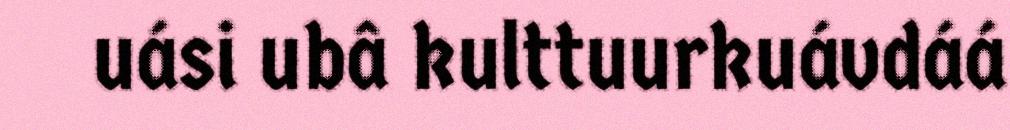
uási ubâ kulttuurkuávdáá